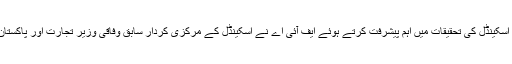
2014ء) ٹریڈ ڈویلپمنٹ اتھارٹی (ٹڈاپ) میں 5 ارب روپے کے میگا مالی اسکینڈل کی تحقیقات میں اہم پیشرفت کرتے ہوئے ایف آئی اے نے اسکینڈل کے مرکزی کردار سابق وفاقی وزیر تجارت اور پاکستان پیپلزپارٹی کے مرکزی رہنما مخدوم امین فہیم کو نوٹس جاری کردیا ہے۔